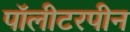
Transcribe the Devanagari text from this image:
पॉलीटरपीन